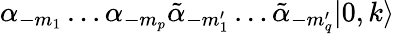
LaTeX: \alpha_{-m_{1}}\ldots\alpha_{-m_{p}}\tilde{\alpha}_{-m_{1}^{\prime}}\ldots\tilde{\alpha}_{-m_{q}^{\prime}}|0,k\rangle